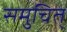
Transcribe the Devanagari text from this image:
समुचित्‌